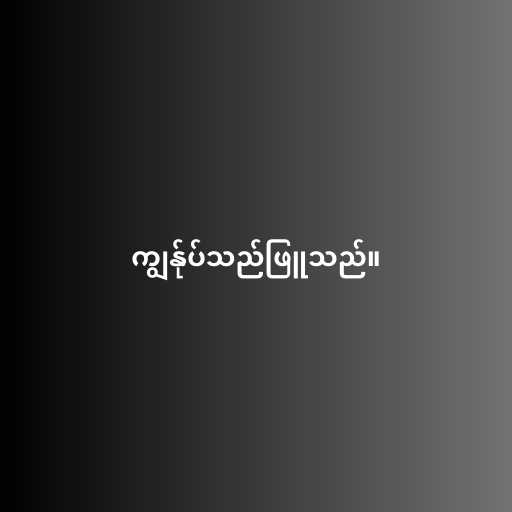
ကျွန်ုပ်သည်ဖြူသည်။